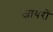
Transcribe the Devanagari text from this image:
जायरों